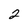
Character: 2